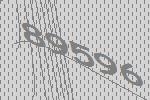
89596